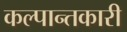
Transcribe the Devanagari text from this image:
कल्पान्तकारी